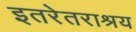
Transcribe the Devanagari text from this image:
इतरेतराश्रय